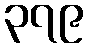
၃၇၉